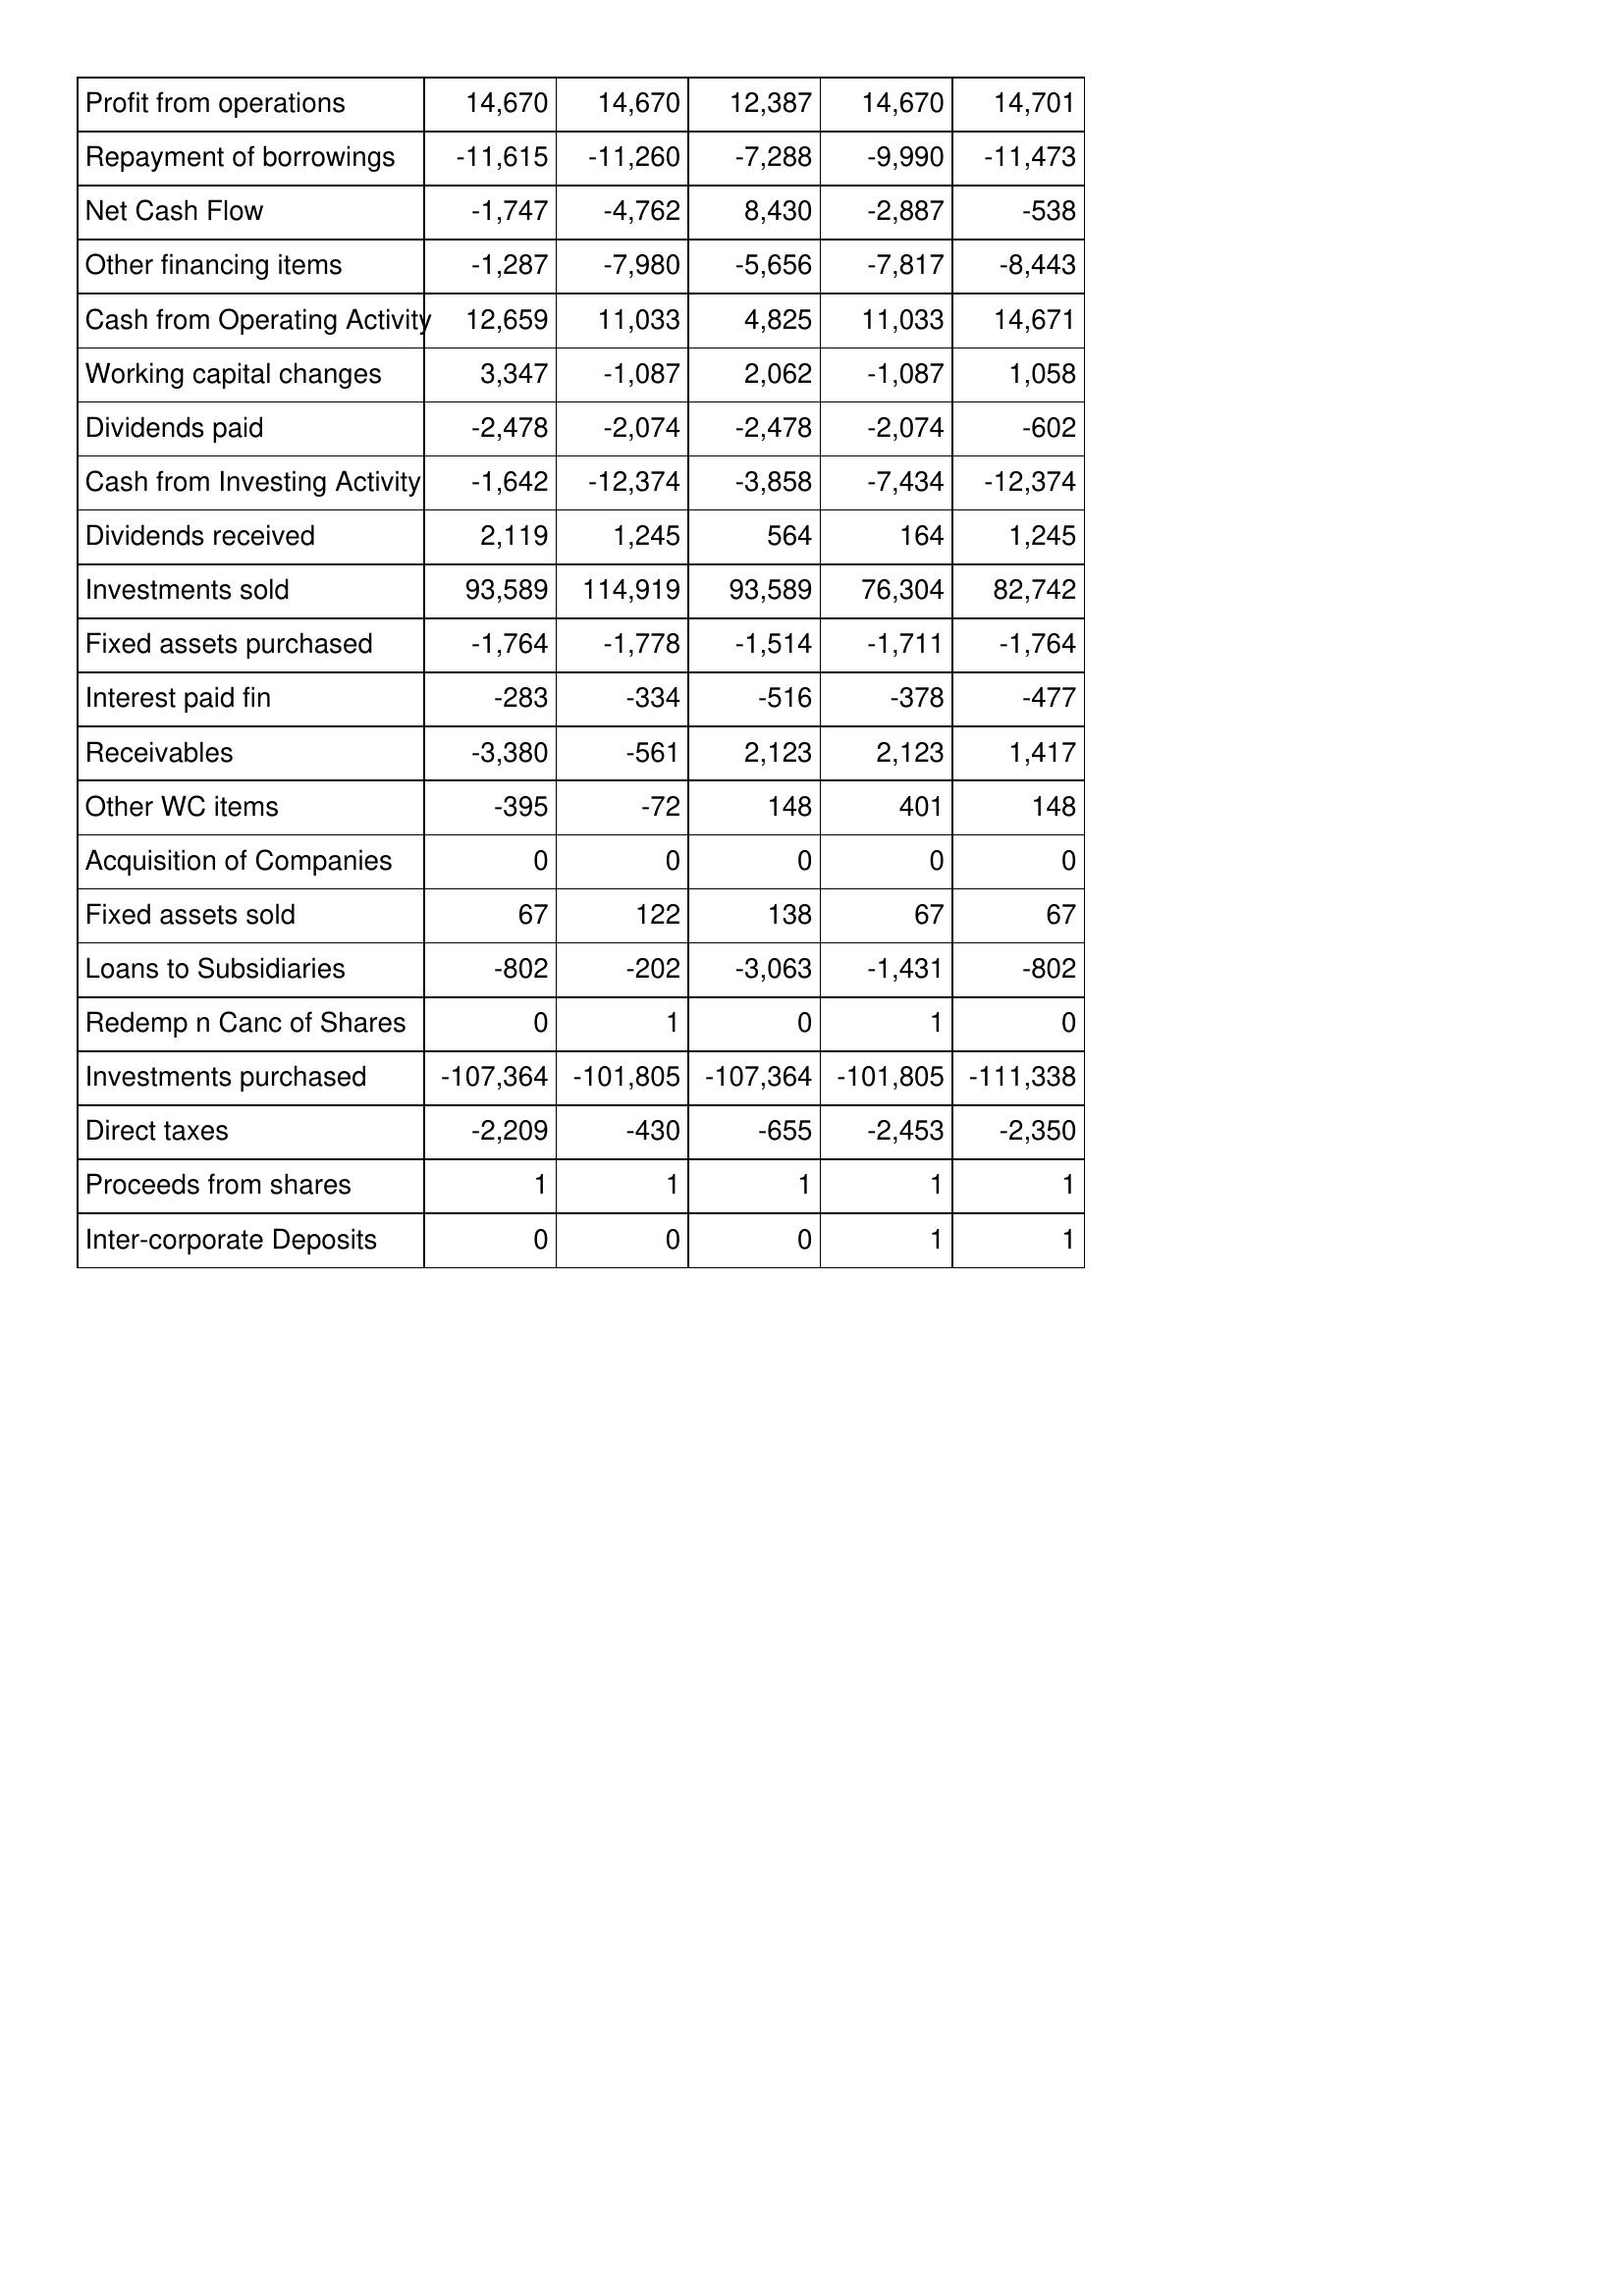
Mar-12: Cash Flows: Profit from operations: 14,670
Repayment of borrowings: -11,615
Net Cash Flow: -1,747
Other financing items: -1,287
Cash from Operating Activity: 12,659
Working capital changes: 3,347
Dividends paid: -2,478
Cash from Investing Activity: -1,642
Dividends received: 2,119
Investments sold: 93,589
Fixed assets purchased: -1,764
Interest paid fin: -283
Receivables: -3,380
Other WC items: -395
Acquisition of Companies: 0
Fixed assets sold: 67
Loans to Subsidiaries: -802
Redemp n Canc of Shares: 0
Investments purchased: -107,364
Direct taxes: -2,209
Proceeds from shares: 1
Inter-corporate Deposits: 0
Mar-11: Cash Flows: Profit from operations: 14,670
Repayment of borrowings: -11,260
Net Cash Flow: -4,762
Other financing items: -7,980
Cash from Operating Activity: 11,033
Working capital changes: -1,087
Dividends paid: -2,074
Cash from Investing Activity: -12,374
Dividends received: 1,245
Investments sold: 114,919
Fixed assets purchased: -1,778
Interest paid fin: -334
Receivables: -561
Other WC items: -72
Acquisition of Companies: 0
Fixed assets sold: 122
Loans to Subsidiaries: -202
Redemp n Canc of Shares: 1
Investments purchased: -101,805
Direct taxes: -430
Proceeds from shares: 1
Inter-corporate Deposits: 0
Mar-10: Cash Flows: Profit from operations: 12,387
Repayment of borrowings: -7,288
Net Cash Flow: 8,430
Other financing items: -5,656
Cash from Operating Activity: 4,825
Working capital changes: 2,062
Dividends paid: -2,478
Cash from Investing Activity: -3,858
Dividends received: 564
Investments sold: 93,589
Fixed assets purchased: -1,514
Interest paid fin: -516
Receivables: 2,123
Other WC items: 148
Acquisition of Companies: 0
Fixed assets sold: 138
Loans to Subsidiaries: -3,063
Redemp n Canc of Shares: 0
Investments purchased: -107,364
Direct taxes: -655
Proceeds from shares: 1
Inter-corporate Deposits: 0
Mar-09: Cash Flows: Profit from operations: 14,670
Repayment of borrowings: -9,990
Net Cash Flow: -2,887
Other financing items: -7,817
Cash from Operating Activity: 11,033
Working capital changes: -1,087
Dividends paid: -2,074
Cash from Investing Activity: -7,434
Dividends received: 164
Investments sold: 76,304
Fixed assets purchased: -1,711
Interest paid fin: -378
Receivables: 2,123
Other WC items: 401
Acquisition of Companies: 0
Fixed assets sold: 67
Loans to Subsidiaries: -1,431
Redemp n Canc of Shares: 1
Investments purchased: -101,805
Direct taxes: -2,453
Proceeds from shares: 1
Inter-corporate Deposits: 1
Mar-08: Cash Flows: Profit from operations: 14,701
Repayment of borrowings: -11,473
Net Cash Flow: -538
Other financing items: -8,443
Cash from Operating Activity: 14,671
Working capital changes: 1,058
Dividends paid: -602
Cash from Investing Activity: -12,374
Dividends received: 1,245
Investments sold: 82,742
Fixed assets purchased: -1,764
Interest paid fin: -477
Receivables: 1,417
Other WC items: 148
Acquisition of Companies: 0
Fixed assets sold: 67
Loans to Subsidiaries: -802
Redemp n Canc of Shares: 0
Investments purchased: -111,338
Direct taxes: -2,350
Proceeds from shares: 1
Inter-corporate Deposits: 1